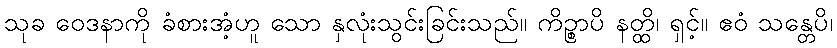
သုခ ဝေဒနာကို ခံစားအံ့ဟူ သော နှလုံးသွင်းခြင်းသည်။ ကိဉ္စာပိ နတ္ထိ၊ ရှင့်။ ဧဝံ သန္တေပိ၊